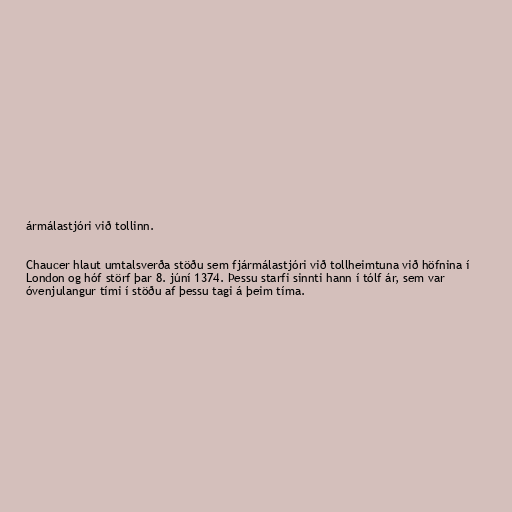
ármálastjóri við tollinn.

Chaucer hlaut umtalsverða stöðu sem fjármálastjóri við tollheimtuna við höfnina í
London og hóf störf þar 8. júní 1374. Þessu starfi sinnti hann í tólf ár, sem var
óvenjulangur tími í stöðu af þessu tagi á þeim tíma.